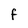
Character: F